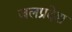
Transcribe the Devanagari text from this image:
जलप्रदेश